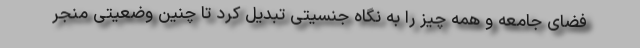
فضای جامعه و همه چیز را به نگاه جنسیتی تبدیل کرد‌ تا چنین وضعیتی منجر